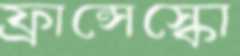
ফ্রান্সেস্কো